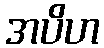
အပိဟ